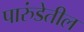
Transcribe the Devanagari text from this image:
पारुंडेतील